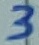
Text: 3